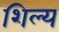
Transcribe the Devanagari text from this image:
शिल्य